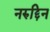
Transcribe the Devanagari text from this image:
नरुद्दिन